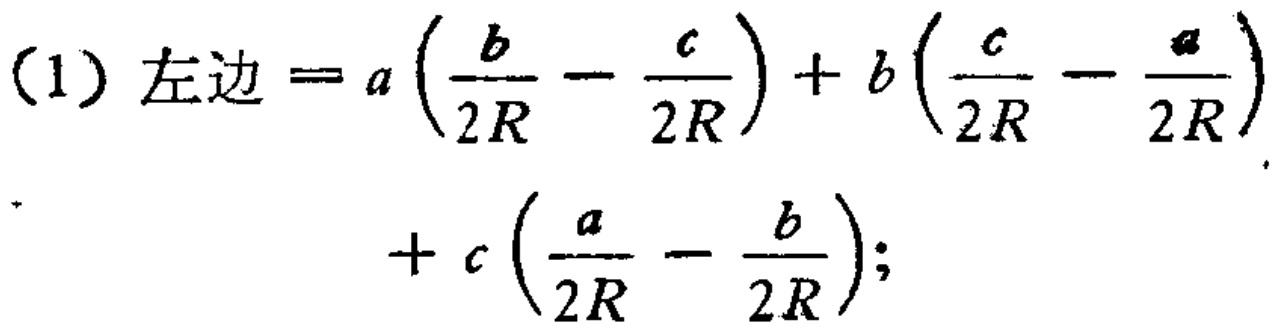
(1) 左边 \(=a\left(\frac{b}{2R}-\frac{c}{2R}\right)+b\left(\frac{c}{2R}-\frac{a}{2R}\right)+c\left(\frac{a}{2R}-\frac{b}{2R}\right);\)